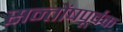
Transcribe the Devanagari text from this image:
सन्तोंषपूर्वक